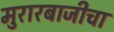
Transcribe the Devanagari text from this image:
मुरारबाजीचा